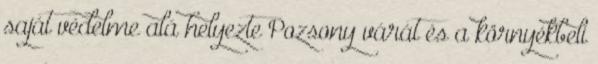
saját védelme alá helyezte Pozsony várát és a környékbeli